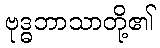
ဗုဒ္ဓဘာသာတို့၏